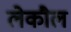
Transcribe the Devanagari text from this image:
लेकौल